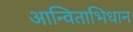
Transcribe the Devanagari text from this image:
आन्विताभिधान